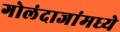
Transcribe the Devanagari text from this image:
गोलंदाजांमध्ये